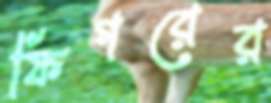
ফিগরের